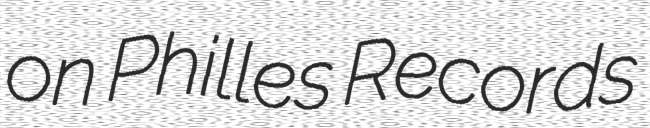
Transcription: on Philles Records